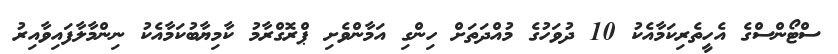
ސްޓޯންސްގެ އެހީތެރިކަމާއެކު 10 ދުވަހުގެ މުއްދަތަށް ހިންގި އަމާންވެށި ޕްރޮގްރާމު ކާމިޔާބުކަމާއެކު ނިންމާލާފައިވާއިރު